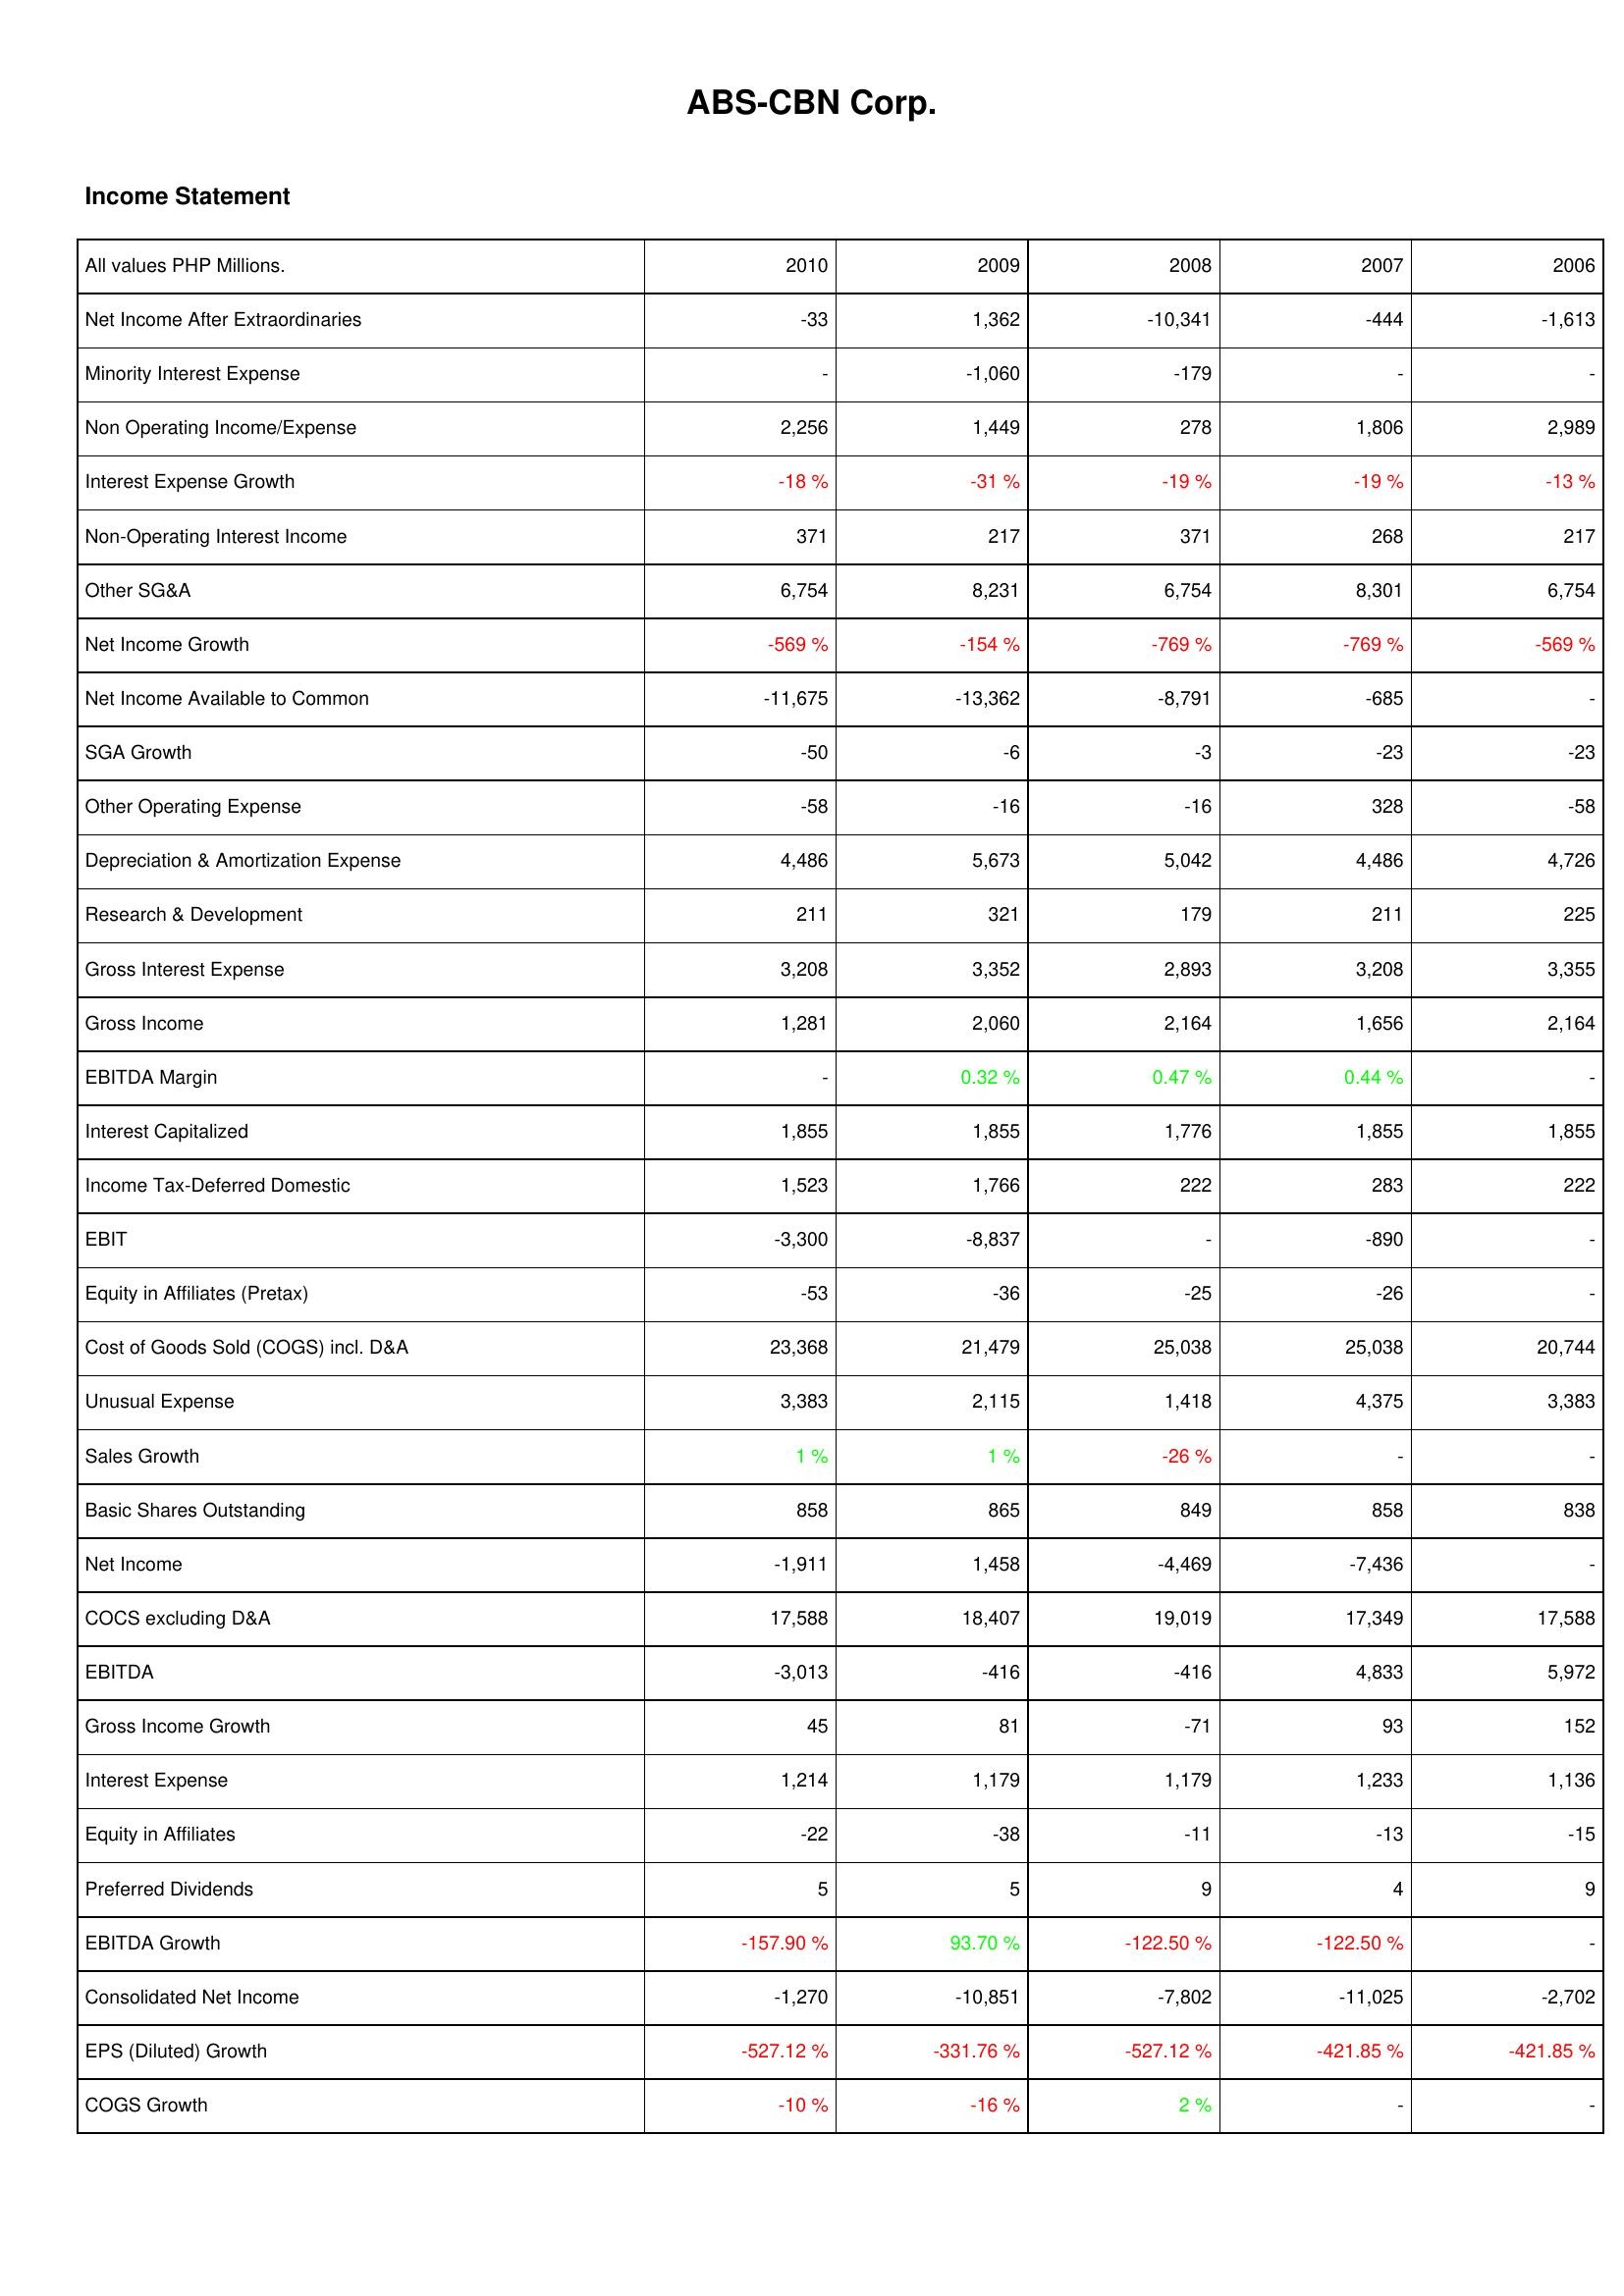
2010: Income Statement: Net Income After Extraordinaries: -33
Minority Interest Expense: -
Non Operating Income/Expense: 2,256
Interest Expense Growth: -18 %
Non-Operating Interest Income: 371
Other SG&A: 6,754
Net Income Growth: -569 %
Net Income Available to Common: -11,675
SGA Growth: -50
Other Operating Expense: -58
Depreciation & Amortization Expense: 4,486
Research & Development: 211
Gross Interest Expense: 3,208
Gross Income: 1,281
EBITDA Margin: -
Interest Capitalized: 1,855
Income Tax-Deferred Domestic: 1,523
EBIT: -3,300
Equity in Affiliates (Pretax): -53
Cost of Goods Sold (COGS) incl. D&A: 23,368
Unusual Expense: 3,383
Sales Growth: 1 %
Basic Shares Outstanding: 858
Net Income: -1,911
COCS excluding D&A: 17,588
EBITDA: -3,013
Gross Income Growth: 45
Interest Expense: 1,214
Equity in Affiliates: -22
Preferred Dividends: 5
EBITDA Growth: -157.90 %
Consolidated Net Income: -1,270
EPS (Diluted) Growth: -527.12 %
COGS Growth: -10 %
2009: Income Statement: Net Income After Extraordinaries: 1,362
Minority Interest Expense: -1,060
Non Operating Income/Expense: 1,449
Interest Expense Growth: -31 %
Non-Operating Interest Income: 217
Other SG&A: 8,231
Net Income Growth: -154 %
Net Income Available to Common: -13,362
SGA Growth: -6
Other Operating Expense: -16
Depreciation & Amortization Expense: 5,673
Research & Development: 321
Gross Interest Expense: 3,352
Gross Income: 2,060
EBITDA Margin: 0.32 %
Interest Capitalized: 1,855
Income Tax-Deferred Domestic: 1,766
EBIT: -8,837
Equity in Affiliates (Pretax): -36
Cost of Goods Sold (COGS) incl. D&A: 21,479
Unusual Expense: 2,115
Sales Growth: 1 %
Basic Shares Outstanding: 865
Net Income: 1,458
COCS excluding D&A: 18,407
EBITDA: -416
Gross Income Growth: 81
Interest Expense: 1,179
Equity in Affiliates: -38
Preferred Dividends: 5
EBITDA Growth: 93.70 %
Consolidated Net Income: -10,851
EPS (Diluted) Growth: -331.76 %
COGS Growth: -16 %
2008: Income Statement: Net Income After Extraordinaries: -10,341
Minority Interest Expense: -179
Non Operating Income/Expense: 278
Interest Expense Growth: -19 %
Non-Operating Interest Income: 371
Other SG&A: 6,754
Net Income Growth: -769 %
Net Income Available to Common: -8,791
SGA Growth: -3
Other Operating Expense: -16
Depreciation & Amortization Expense: 5,042
Research & Development: 179
Gross Interest Expense: 2,893
Gross Income: 2,164
EBITDA Margin: 0.47 %
Interest Capitalized: 1,776
Income Tax-Deferred Domestic: 222
EBIT: -
Equity in Affiliates (Pretax): -25
Cost of Goods Sold (COGS) incl. D&A: 25,038
Unusual Expense: 1,418
Sales Growth: -26 %
Basic Shares Outstanding: 849
Net Income: -4,469
COCS excluding D&A: 19,019
EBITDA: -416
Gross Income Growth: -71
Interest Expense: 1,179
Equity in Affiliates: -11
Preferred Dividends: 9
EBITDA Growth: -122.50 %
Consolidated Net Income: -7,802
EPS (Diluted) Growth: -527.12 %
COGS Growth: 2 %
2007: Income Statement: Net Income After Extraordinaries: -444
Minority Interest Expense: -
Non Operating Income/Expense: 1,806
Interest Expense Growth: -19 %
Non-Operating Interest Income: 268
Other SG&A: 8,301
Net Income Growth: -769 %
Net Income Available to Common: -685
SGA Growth: -23
Other Operating Expense: 328
Depreciation & Amortization Expense: 4,486
Research & Development: 211
Gross Interest Expense: 3,208
Gross Income: 1,656
EBITDA Margin: 0.44 %
Interest Capitalized: 1,855
Income Tax-Deferred Domestic: 283
EBIT: -890
Equity in Affiliates (Pretax): -26
Cost of Goods Sold (COGS) incl. D&A: 25,038
Unusual Expense: 4,375
Sales Growth: -
Basic Shares Outstanding: 858
Net Income: -7,436
COCS excluding D&A: 17,349
EBITDA: 4,833
Gross Income Growth: 93
Interest Expense: 1,233
Equity in Affiliates: -13
Preferred Dividends: 4
EBITDA Growth: -122.50 %
Consolidated Net Income: -11,025
EPS (Diluted) Growth: -421.85 %
COGS Growth: -
2006: Income Statement: Net Income After Extraordinaries: -1,613
Minority Interest Expense: -
Non Operating Income/Expense: 2,989
Interest Expense Growth: -13 %
Non-Operating Interest Income: 217
Other SG&A: 6,754
Net Income Growth: -569 %
Net Income Available to Common: -
SGA Growth: -23
Other Operating Expense: -58
Depreciation & Amortization Expense: 4,726
Research & Development: 225
Gross Interest Expense: 3,355
Gross Income: 2,164
EBITDA Margin: -
Interest Capitalized: 1,855
Income Tax-Deferred Domestic: 222
EBIT: -
Equity in Affiliates (Pretax): -
Cost of Goods Sold (COGS) incl. D&A: 20,744
Unusual Expense: 3,383
Sales Growth: -
Basic Shares Outstanding: 838
Net Income: -
COCS excluding D&A: 17,588
EBITDA: 5,972
Gross Income Growth: 152
Interest Expense: 1,136
Equity in Affiliates: -15
Preferred Dividends: 9
EBITDA Growth: -
Consolidated Net Income: -2,702
EPS (Diluted) Growth: -421.85 %
COGS Growth: -